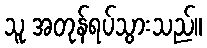
သူ အတုန်ရပ်သွားသည်။